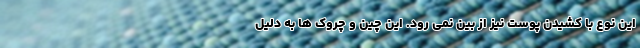
این نوع با کشیدن پوست نیز از بین نمی رود. این چین و چروک ها به دلیل